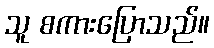
သူ စကားပြောသည်။